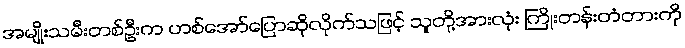
အမျိုးသမီးတစ်ဦးက ဟစ်အော်ပြောဆိုလိုက်သဖြင့် သူတို့အားလုံး ကြိုးတန်းတံတားကို